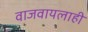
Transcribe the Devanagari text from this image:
वाजवायलाही